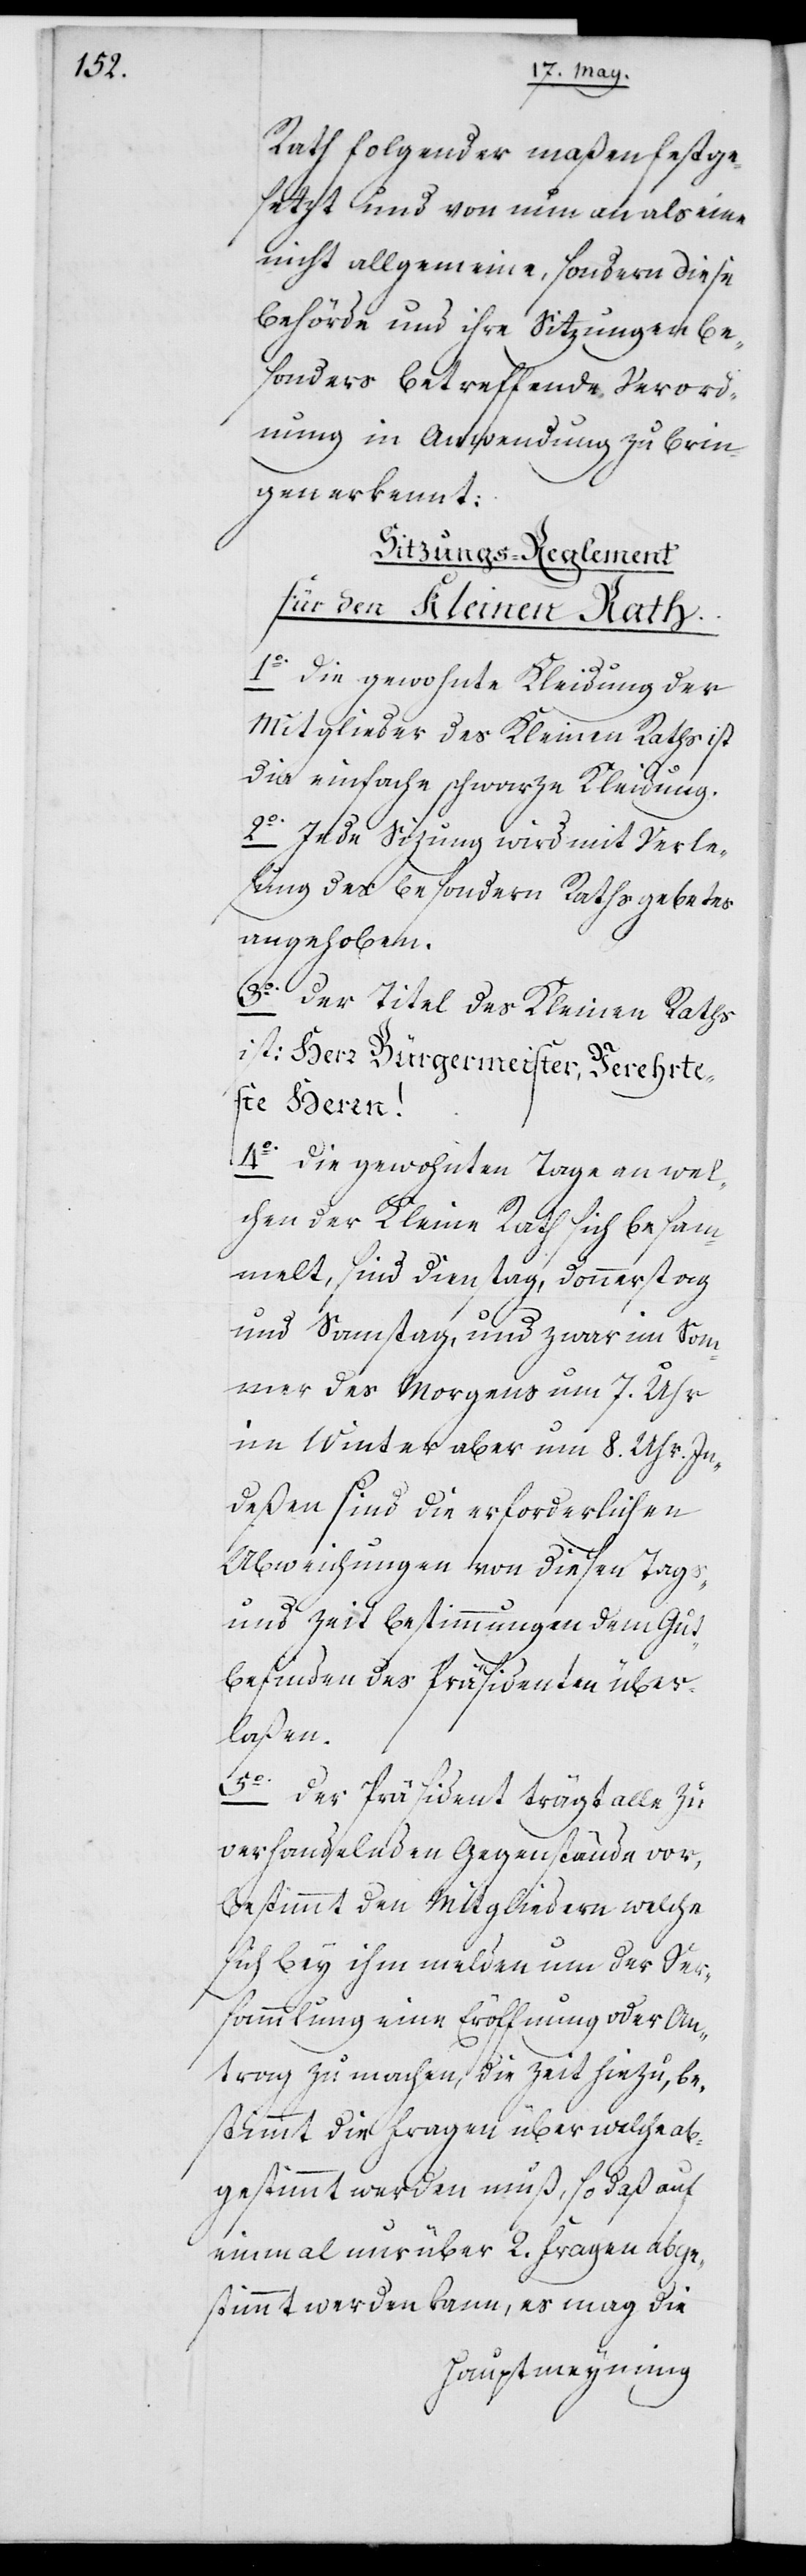
Rath folgender Maßen festge¬
setzt und von nun an als eine
nicht allgemeine, sondern diese
Behörde und ihre Sitzungen be¬
sonders betreffende Verord¬
nung in Anwendung zu brin¬
gen erkennt:
Sitzungs-Reglement
für den Kleinen Rath.
Die gewohnte Kleidung der
Mitglieder des Kleinen Raths ist
die einfache schwarze Kleidung.
2o Jede Sizung wird mit Verle¬
sung des besondern Rathsgebetes
angehoben.
3o Der Titel des Kleinen Raths
ist: Herr Bürgermeister, Verehrte¬
ste Herren!
4o Die gewohnten Tage, an wel¬
chen der Kleine Rath sich besam¬
melt, sind Dienstag, Donnerstag
und Samstag, und zwar im Som¬
mer des Morgens um 7. Uhr,
im Winter aber um 8. Uhr. In¬
deßen sind die erforderlichen
Abweichungen von diesen Tags-
und Zeitbestimmungen dem Gut¬
befinden des Präsidenten über¬
laßen.
5o Der Präsident trägt alle zu
verhandelnden Gegenstände vor,
bestimmt den Mitgliedern welche
sich bey ihm melden um der Ver¬
sammlung eine Eröffnung oder An¬
trag zu machen, die Zeit hiezu, be¬
stimmt die Fragen über welche ab¬
gestimmt werden muß, so daß auf
einmal nur über 2. Fragen abge¬
stimmt werden kann, es mag die